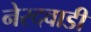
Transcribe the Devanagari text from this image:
नेरदवाडी